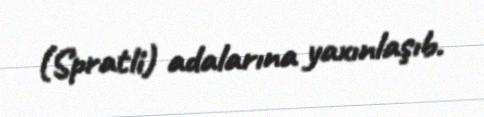
(Spratli) adalarına yaxınlaşıb.